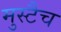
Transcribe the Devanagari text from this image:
मुस्टैच